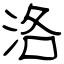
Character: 洛